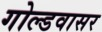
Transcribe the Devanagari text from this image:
गोल्डवासर